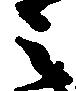
之